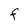
Character: F